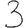
Digit: 3